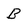
Character: B